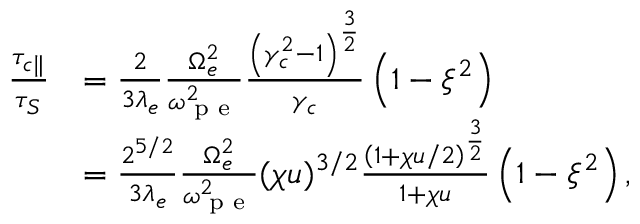
\begin{array} { r l } { \frac { \tau _ { c \parallel } } { \tau _ { S } } } & { = \frac { 2 } { 3 \lambda _ { e } } \frac { \Omega _ { e } ^ { 2 } } { \omega _ { \textrm { p e } } ^ { 2 } } \frac { \left( \gamma _ { c } ^ { 2 } - 1 \right) ^ { \frac { 3 } { 2 } } } { \gamma _ { c } } \left( 1 - \xi ^ { 2 } \right) } \\ & { = \frac { 2 ^ { 5 / 2 } } { 3 \lambda _ { e } } \frac { \Omega _ { e } ^ { 2 } } { \omega _ { \textrm { p e } } ^ { 2 } } ( \chi u ) ^ { 3 / 2 } \frac { \left( 1 + \chi u / 2 \right) ^ { \frac { 3 } { 2 } } } { 1 + \chi u } \left( 1 - \xi ^ { 2 } \right) , } \end{array}